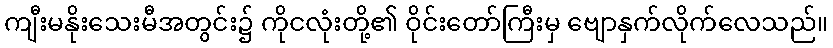
ကျီးမနိုးသေးမီအတွင်း၌ ကိုငလုံးတို့၏ ဝိုင်းတော်ကြီးမှ ဗျောနှက်လိုက်လေသည်။